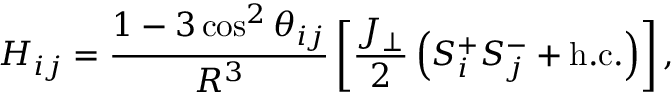
H _ { i j } = \frac { 1 - 3 \cos ^ { 2 } \theta _ { i j } } { R ^ { 3 } } \left[ \frac { J _ { \perp } } { 2 } \left( S _ { i } ^ { + } S _ { j } ^ { - } + \mathrm { { h . c . } } \right) \right] ,